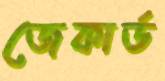
জেকার্ড